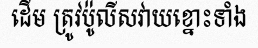
ដើម ត្រូវប៉ូលីសវាយខ្នោះទាំង